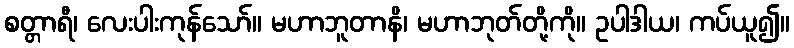
စတ္တာရီ၊ လေးပါးကုန်သော်။ မဟာဘူတာနိ၊ မဟာဘုတ်တို့ကို။ ဥပါဒါယ၊ ကပ်ယူ၍။